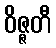
ဝိဇ္ဇတီ